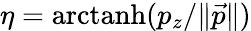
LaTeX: \eta=\mathrm{arctanh}(p_{z}/\| \vec{p}\| )